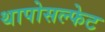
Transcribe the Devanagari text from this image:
थापोसल्फेट